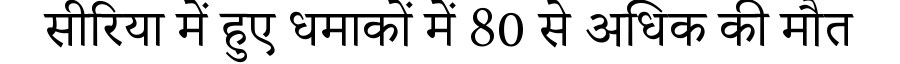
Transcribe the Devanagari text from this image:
सीरिया में हुए धमाकों में 80 से अधिक की मौत